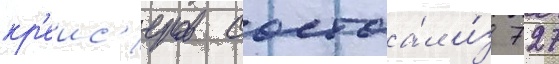
кр'еис'еров состоа́л и́з 727